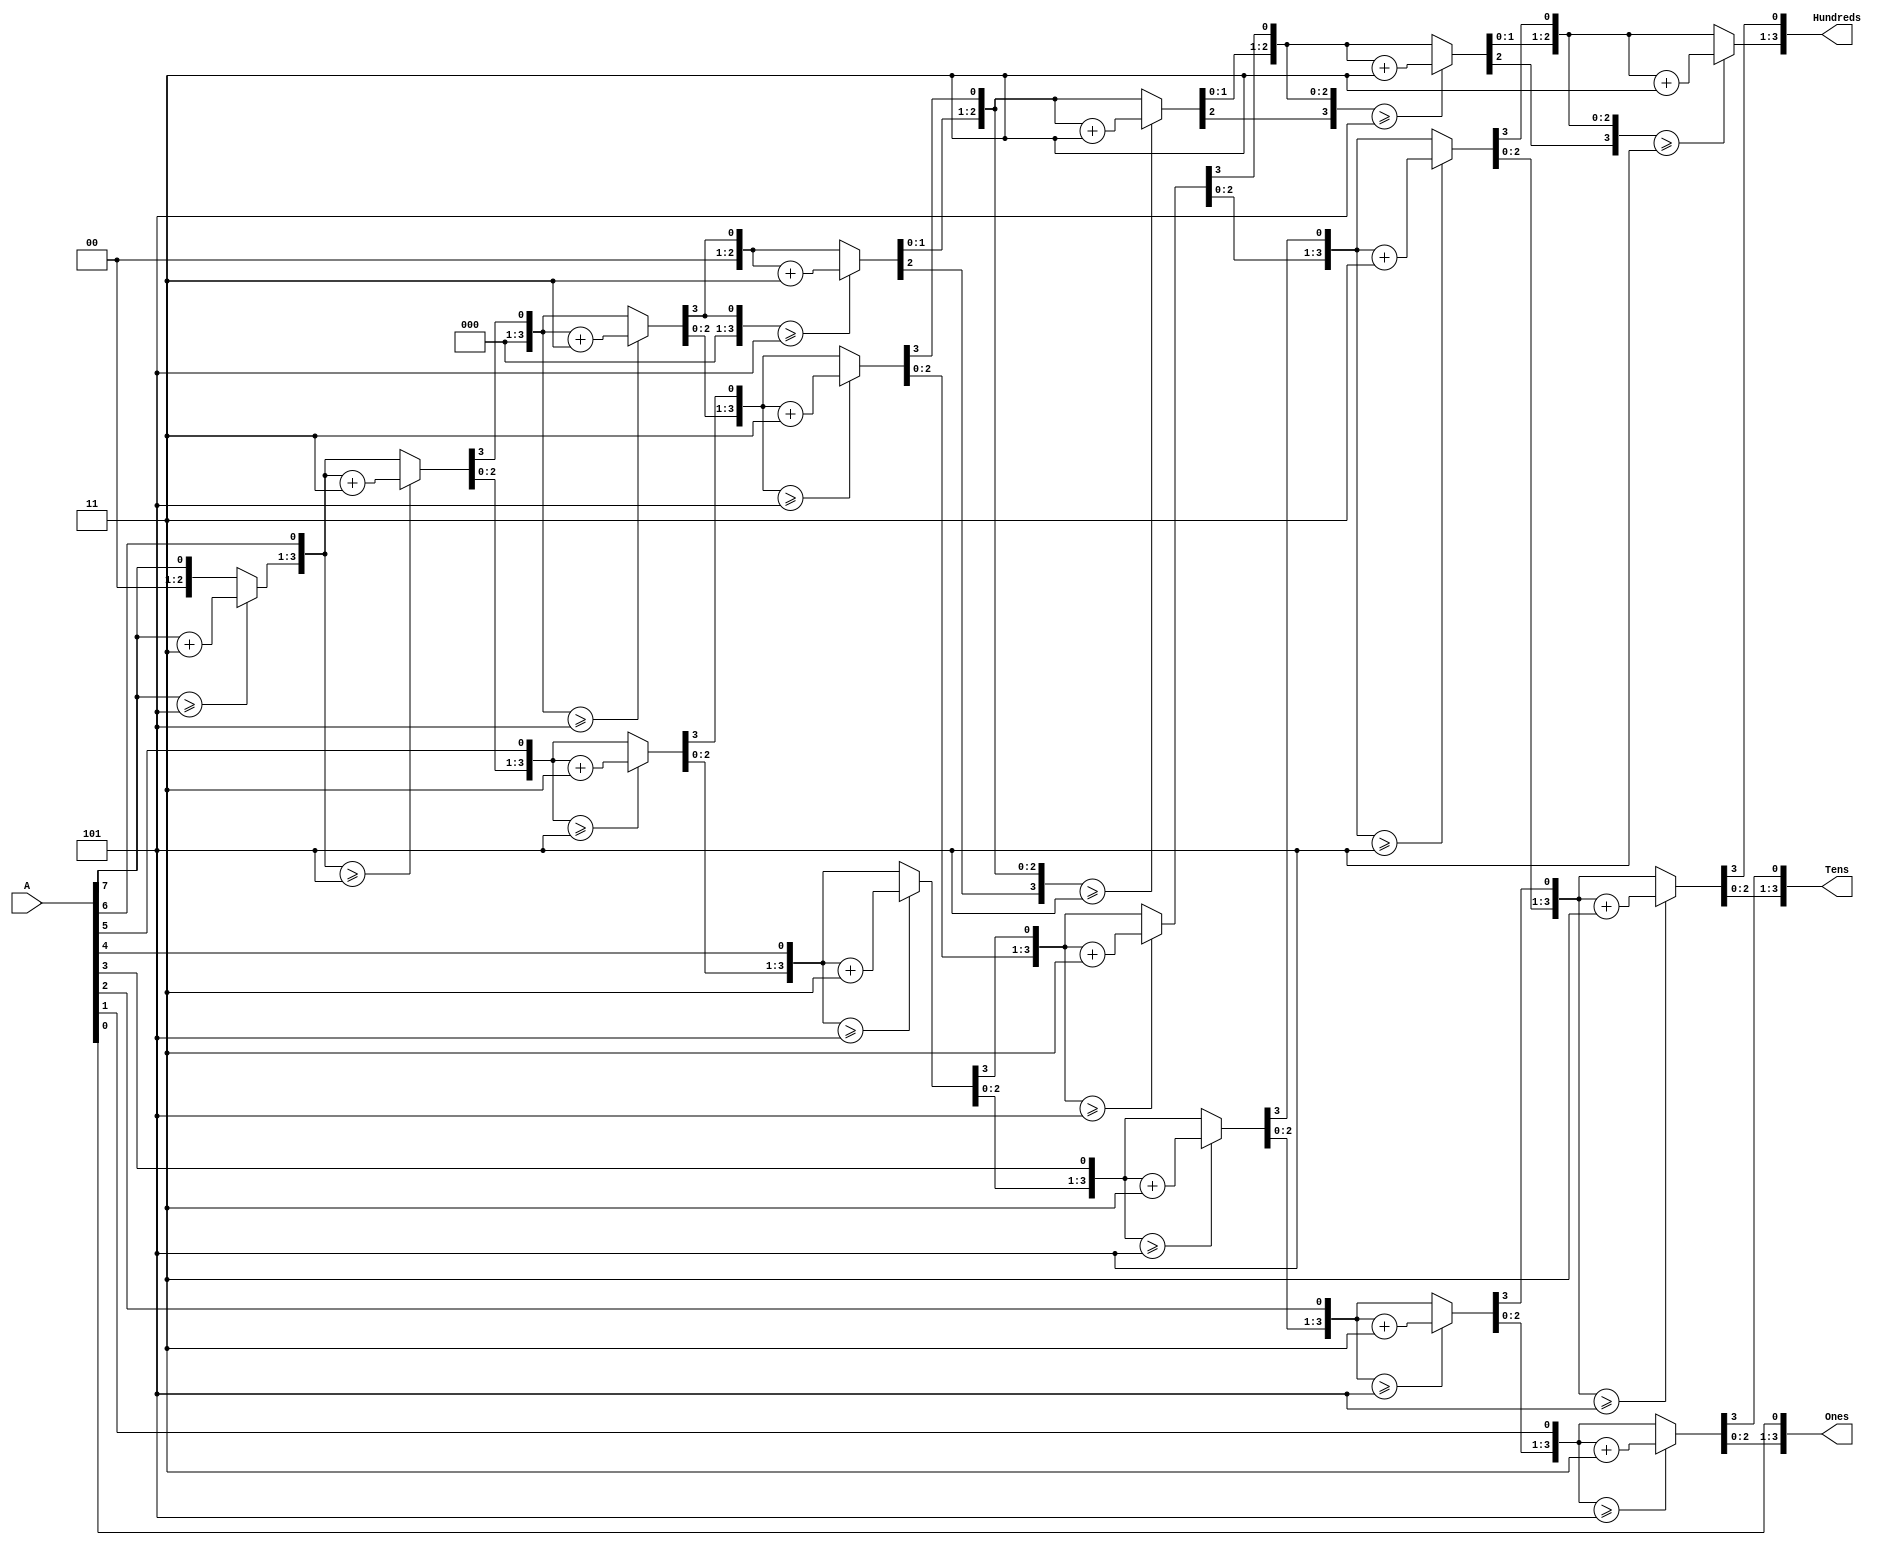






//module Binary_BCD_Converter(
//	input [7:0] A,
//	output reg [3:0] ones,
//	output reg [3:0] tens,
//	output reg [1:0] hundreds
//	);
//	
//	wire [3:0] c1, c2, c3, c4, c5, c6, c7; // declare the data lines coming out of each shift_add3_module
//	wire [3:0] d1, d2, d3, d4, d5, d6, d7; // declare the data lines going into each shift_add3_module
//	
//	
//	// follow the block diagram here:
//	assign d1={1'b0, A[7:5]};
//	assign d2={c1[2:0],A[4]};
//	assign d3={c2[2:0],A[3]};
//	assign d4={c3[2:0],A[2]};
//	assign d5={c4[2:0],A[1]};
//	assign d6={1'b0,c1[3], c2[3], c3[3]};
//	assign d7={c6[2:0],c4[3]}; 
//	
//	// initiate the shift_add_algorithm
//	
//	Shift_Add3_algorithm U1(d1,c1);
//	Shift_Add3_algorithm U2(d2,c2);
//	Shift_Add3_algorithm U3(d3,c3);
//	Shift_Add3_algorithm U4(d4,c4);
//	Shift_Add3_algorithm U5(d5,c5);
//	Shift_Add3_algorithm U6(d6,c6);
//	Shift_Add3_algorithm U7(d7,c7);
//	
//	assign ones = {c5[2:0], A[0]}; // four bits that will make-up ones
//	assign tens = {c5[3], c7[2:0]}; // four bits that will make-up tens
//	assign hundreds = {c7[3], c6[3]}; // four bits that will make-up hundreds
//	
//	
//endmodule


module Binary_BCD_Converter(
	input [9:0] A,
	output reg [3:0] Hundreds,
	output reg [3:0] Tens,
	output reg [3:0] Ones
	);
	
	
	integer i;
	always @ (A)
	begin
		// set 100's, 10's, and 1's to 0
		Hundreds = 4'd0;
		Tens = 4'd0;
		Ones = 4'd0;
		
		for (i=7; i>=0; i=i-1)
		begin
			// add 3 to columns >= 5
			if (Hundreds >= 5)
				Hundreds = Hundreds + 3;
			if (Tens >= 5)
				Tens = Tens + 3;
			if (Ones >= 5)
				Ones = Ones + 3;
			
			// shift left one
			Hundreds = Hundreds << 1;
			Hundreds[0] = Tens[3];
			Tens = Tens << 1;
			Tens[0] = Ones[3];
			Ones = Ones << 1;
			Ones[0] = A[i];
		end
	end

endmodule